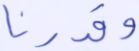
وقدرنا